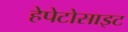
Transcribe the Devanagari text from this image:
हेपेटोसाइट